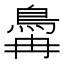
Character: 𬷆